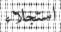
استجلاء